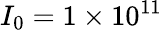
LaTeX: I_{0}=1\times 10^{11}